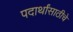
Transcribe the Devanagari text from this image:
पदार्थांसाठीचे